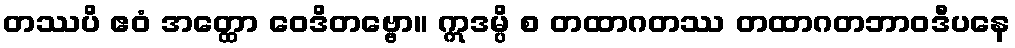
တဿပိ ဧဝံ အတ္ထော ဝေဒိတဗ္ဗော။ ဣဒမ္ပိ စ တထာဂတဿ တထာဂတဘာဝဒီပနေ